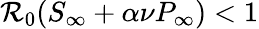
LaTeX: \mathcal{R}_{0}(S_{\infty}+\alpha\nu P_{\infty})<1